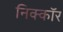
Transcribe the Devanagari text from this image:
निक्कॉर